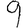
Digit: 9